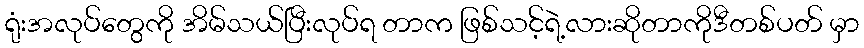
ရုံးအလုပ်တွေကို အိမ်သယ်ပြီးလုပ်ရ တာက ဖြစ်သင့်ရဲ့လားဆိုတာကိုဒီတစ်ပတ် မှာ